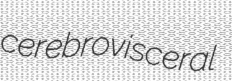
cerebrovisceral